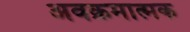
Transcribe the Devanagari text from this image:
अवक्रमात्मक